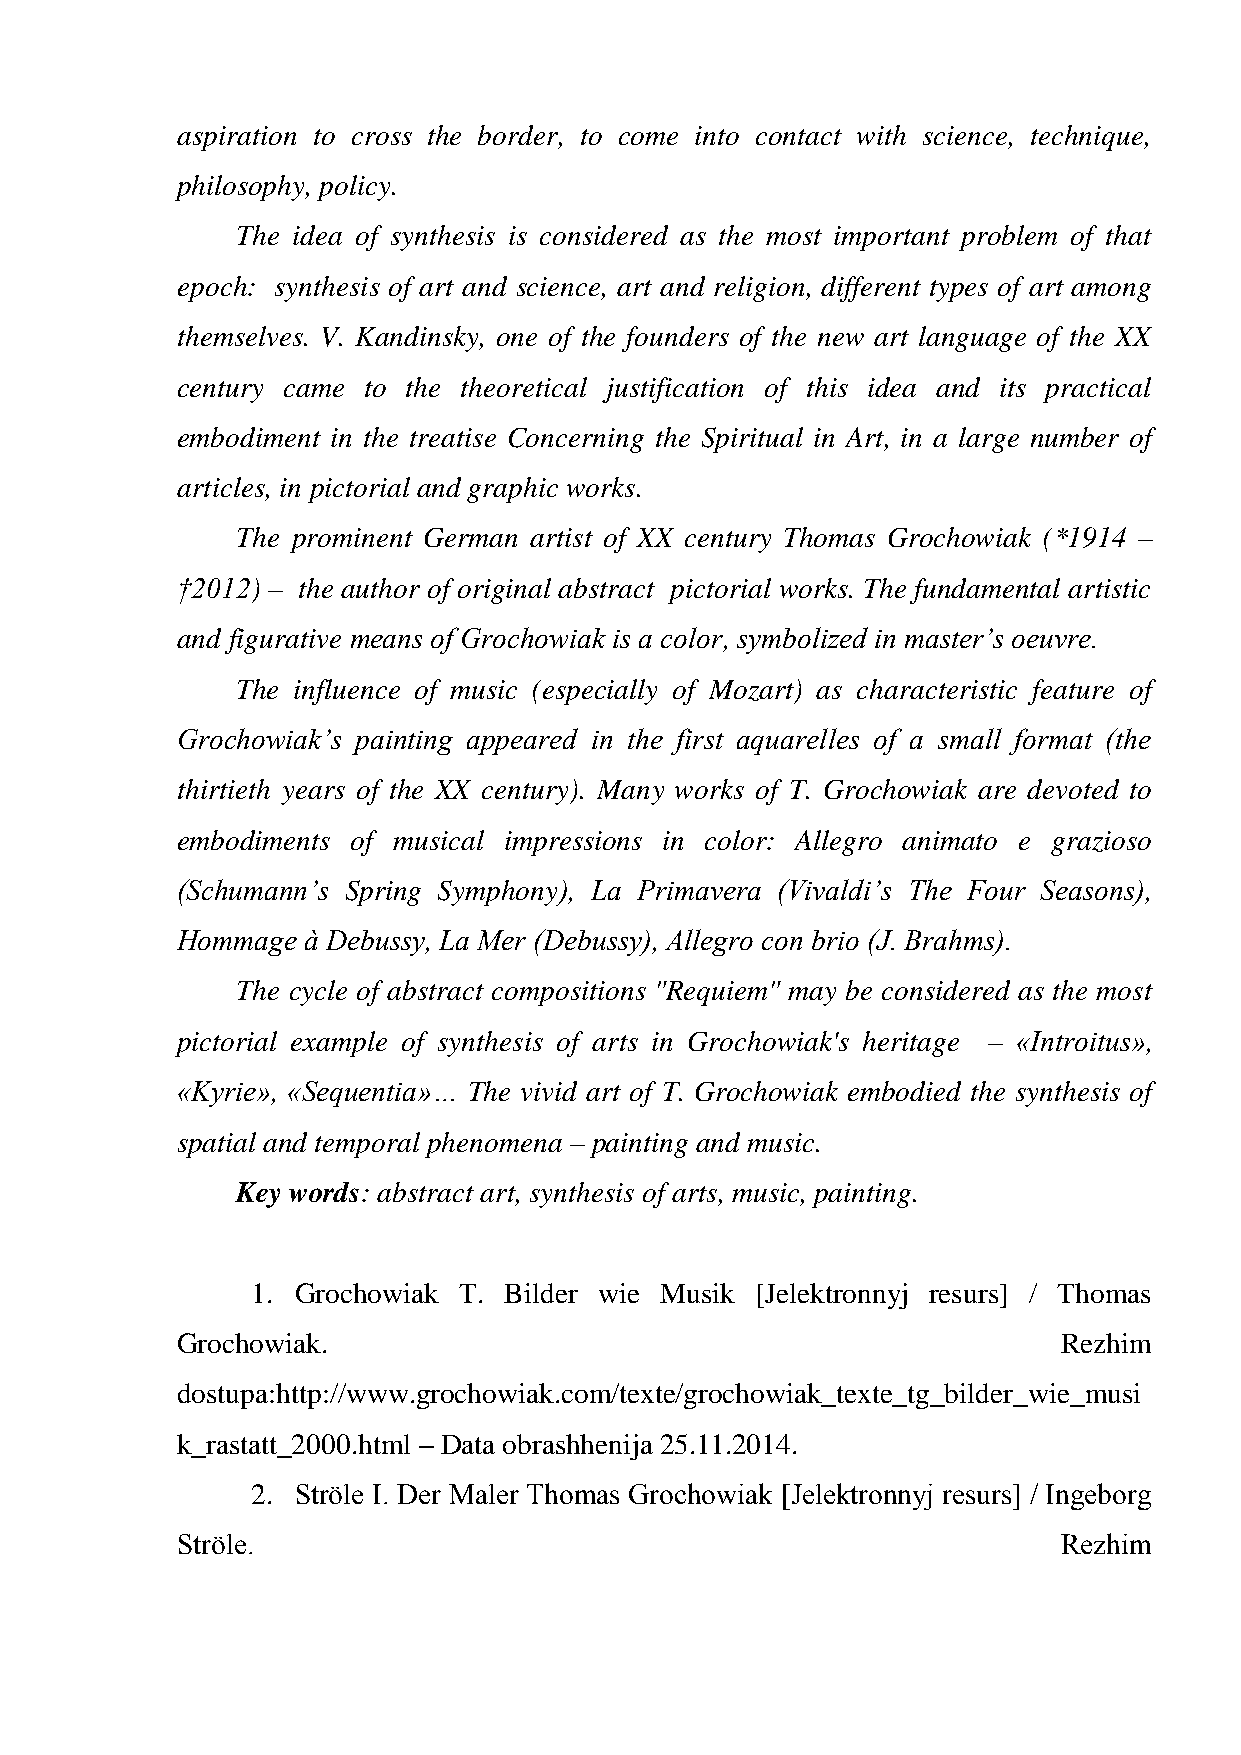
aspiration to cross the border, to come into contact with science, technique,
 philosophy, policy.
 The idea of synthesis is considered as the most important problem of that
 epoch: synthesis of art and science, art and religion, different types of art among
 themselves. V. Kandinsky, one of the founders of the new art language of the XX
 century came to the theoretical justification of this idea and its practical
 embodiment in the treatise Concerning the Spiritual in Art, in a large number of
 articles, in pictorial and graphic works.
 The prominent German artist of XX century Thomas Grochowiak (*1914 –
 †2012) – the author of original abstract pictorial works. The fundamental artistic
 and figurative means of Grochowiak is a color, symbolized in master’s oeuvre.
 The influence of music (especially of Mozart) as characteristic feature of
 Grochowiak’s painting appeared in the first aquarelles of a small format (the
 thirtieth years of the XX century). Many works of T. Grochowiak are devoted to
 embodiments of musical impressions in color: Allegro animato e grazioso
 (Schumann’s Spring Symphony), La Primavera (Vivaldi’s The Four Seasons),
 Hommage à Debussy, La Mer (Debussy), Allegro con brio (J. Brahms).
 The cycle of abstract compositions "Requiem" may be considered as the most
 pictorial example of synthesis of arts in Grochowiak's heritage – «Introitus»,
 «Kyrie», «Sequentia»… The vivid art of T. Grochowiak embodied the synthesis of
 spatial and temporal phenomena – painting and music.
 Key words: abstract art, synthesis of arts, music, painting.
 1. Grochowiak T. Bilder wie Musik [Jelektronnyj resurs] / Thomas
 Grochowiak.                                               Rezhim
 dostupa:http://www.grochowiak.com/texte/grochowiak_texte_tg_bilder_wie_musi
 k_rastatt_2000.html – Data obrashhenija 25.11.2014.
 2. Ströle I. Der Maler Thomas Grochowiak [Jelektronnyj resurs] / Ingeborg
 Ströle.                                                   Rezhim